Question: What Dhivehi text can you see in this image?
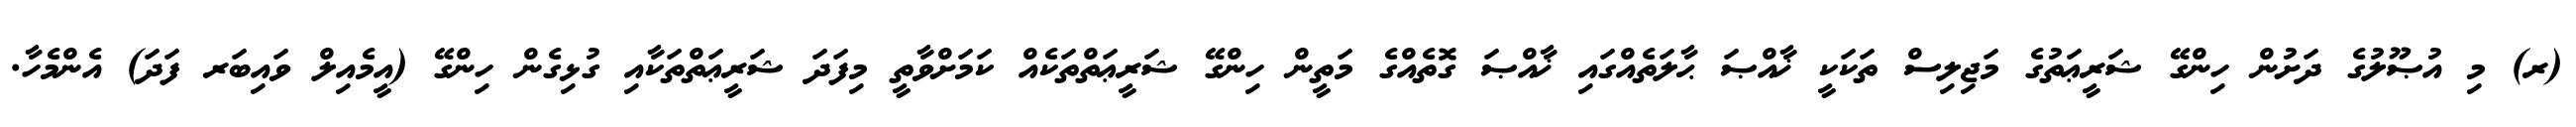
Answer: (ރ) މި އުޞޫލުގެ ދަށުން ހިންގޭ ޝަރީޢަތުގެ މަޖިލިސް ތަކަކީ ޚާއްޞަ ޙާލަތެއްގައި ޚާއްޞަ ގޮތެއްގެ މަތީން ހިންގޭ ޝަރީޢަތްތަކެއް ކަމަށްވާތީ މިފަދަ ޝަރީޢަތްތަކާއި ގުޅިގެން ހިންގޭ (އީމެއިލް ވައިބަރ ފަދަ) އެންމެހާ.